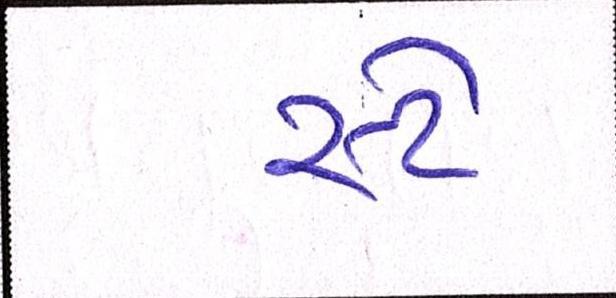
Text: સ્ટે